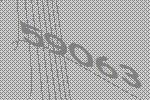
59063